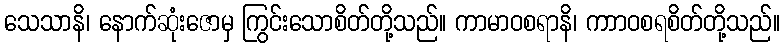
သေသာနိ၊ နောက်ဆုံးဇောမှ ကြွင်းသောစိတ်တို့သည်။ ကာမာဝစရာနိ၊ ကာာဝစရစိတ်တို့သည်။